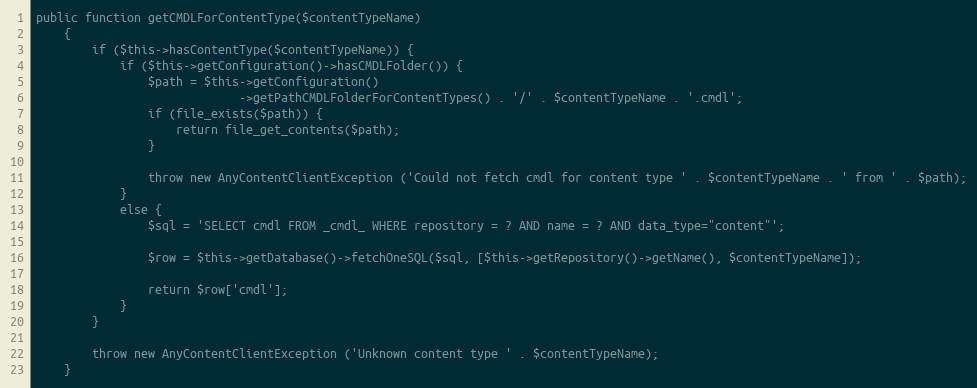
Language: PHP
public function getCMDLForContentType($contentTypeName)
    {
        if ($this->hasContentType($contentTypeName)) {
            if ($this->getConfiguration()->hasCMDLFolder()) {
                $path = $this->getConfiguration()
                             ->getPathCMDLFolderForContentTypes() . '/' . $contentTypeName . '.cmdl';
                if (file_exists($path)) {
                    return file_get_contents($path);
                }

                throw new AnyContentClientException ('Could not fetch cmdl for content type ' . $contentTypeName . ' from ' . $path);
            }
            else {
                $sql = 'SELECT cmdl FROM _cmdl_ WHERE repository = ? AND name = ? AND data_type="content"';

                $row = $this->getDatabase()->fetchOneSQL($sql, [$this->getRepository()->getName(), $contentTypeName]);

                return $row['cmdl'];
            }
        }

        throw new AnyContentClientException ('Unknown content type ' . $contentTypeName);
    }